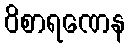
ဝိစာရဏေန